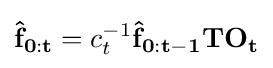
\mathbf {{\hat {f}}_{0:t}} =c_{t}^{-1}\mathbf {{\hat {f}}_{0:t-1}} \mathbf {T} \mathbf {O_{t}}